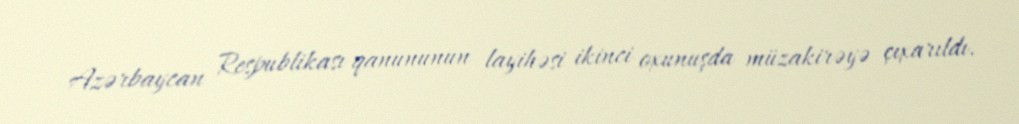
Azərbaycan Respublikası qanununun layihəsi ikinci oxunuşda müzakirəyə çıxarıldı.